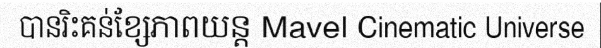
បានរិះគន់ខ្សែភាពយន្ត Mavel Cinematic Universe